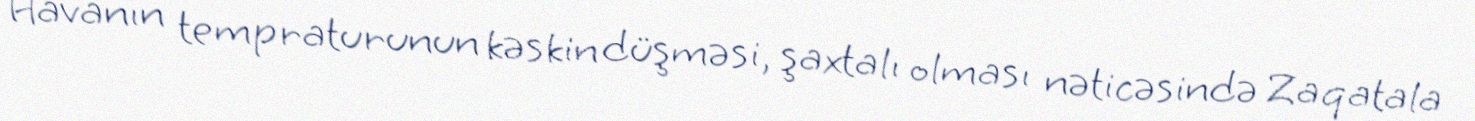
Havanın tempraturunun kəskin düşməsi, şaxtalı olması nəticəsində Zaqatala